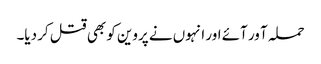
حملہ آ ور آئے اور انہوں نے پروین کو بھی قتل کر دیا۔